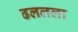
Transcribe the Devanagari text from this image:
ढललला